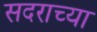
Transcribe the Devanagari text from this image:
सदराच्या